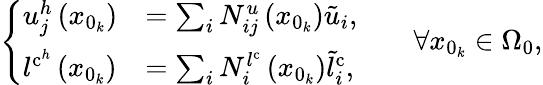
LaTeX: \left\{ \begin{array}{ll}{u_{j}^{h}\left(x_{0_{k}}\right)}&{=\sum_{i}{N}_{ij}^{u}\left({x}_{0_{k}}\right)\tilde{u}_{i},}\\ {l^{\mathrm{c}^{h}}\left(x_{0_{k}}\right)}&{=\sum_{i}{N}_{i}^{l^{\mathrm{c}}}\left({x}_{0_{k}}\right)\tilde{l}_{i}^{\mathrm{c}},}\end{array}\right.\qquad\forall x_{0_{k}}\in\Omega_{0},